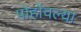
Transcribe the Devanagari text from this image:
पोहोंचल्या